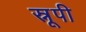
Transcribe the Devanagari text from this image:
स्नूपी